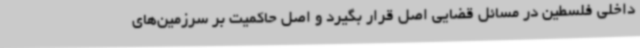
داخلی فلسطین در مسائل قضایی اصل قرار بگیرد و اصل حاکمیت بر سرزمین‌های